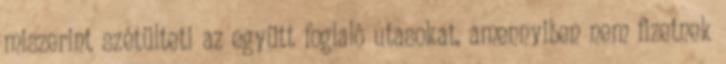
miszerint szétülteti az együtt foglaló utasokat, amennyiben nem fizetnek